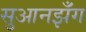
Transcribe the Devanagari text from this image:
सुआनझँग